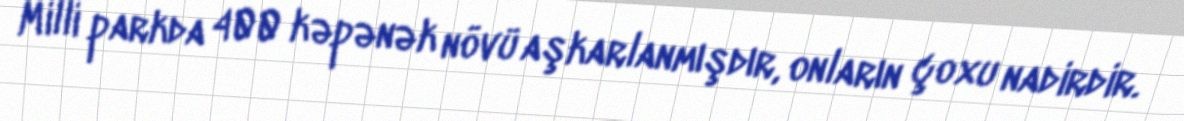
Milli parkda 400 kəpənək növü aşkarlanmışdır, onların çoxu nadirdir.